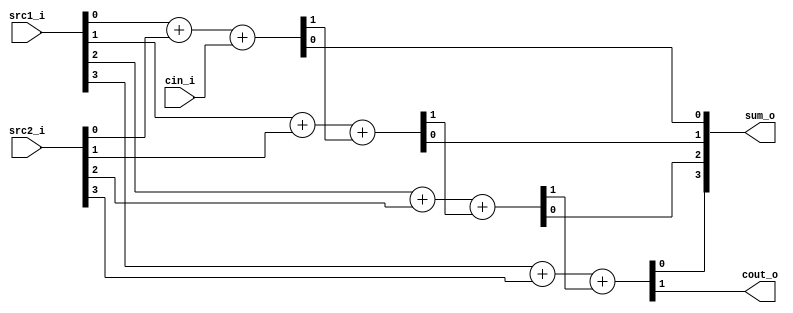
//Subject:     CO project 2 - Adder_4bit
//--------------------------------------------------------------------------------
//Version:     1
//--------------------------------------------------------------------------------
//Writer:      0516003
//----------------------------------------------
//Date:        
//----------------------------------------------
//Description: 
//--------------------------------------------------------------------------------

module Adder_4bit(
    src1_i,
	src2_i,
	cin_i,
	sum_o,
	cout_o
	);
     
//I/O ports
input  [3:0]  src1_i;
input  [3:0]	 src2_i;
input cin_i;
output [3:0]	 sum_o;
output cout_o;

//Internal Signals
wire    [3:0]	 sum_o;
wire cout_o;
wire cin_i;

//Parameter
reg [3:0] c;
reg [3:0] sum;

assign sum_o[0]=sum[0];
assign sum_o[1]=sum[1];
assign sum_o[2]=sum[2];
assign sum_o[3]=sum[3];
assign cout_o=c[3];

//Main function
always @(*) begin
	{c[0],sum[0]}=src1_i[0]+src2_i[0]+cin_i;
	{c[1],sum[1]}=src1_i[1]+src2_i[1]+c[0];
	{c[2],sum[2]}=src1_i[2]+src2_i[2]+c[1];
	{c[3],sum[3]}=src1_i[3]+src2_i[3]+c[2];
end

endmodule